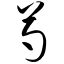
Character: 芍